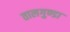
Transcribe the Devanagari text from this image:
तालगुण्डा